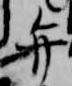
弁